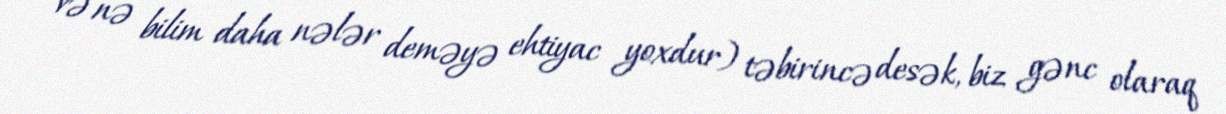
və nə bilim daha nələr deməyə ehtiyac yoxdur) təbirincə desək, biz gənc olaraq